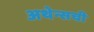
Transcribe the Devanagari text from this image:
अथेन्सची